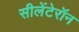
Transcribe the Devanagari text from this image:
सीलेंटेरॉन